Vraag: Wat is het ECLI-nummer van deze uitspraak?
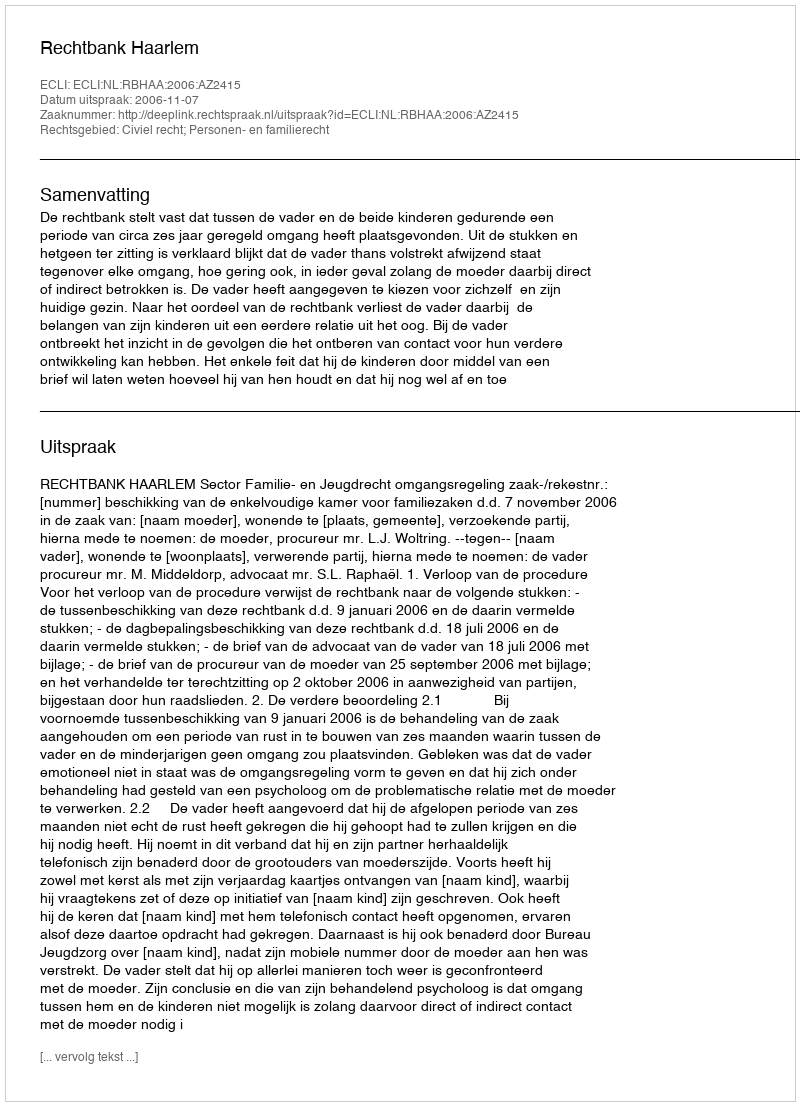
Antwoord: ECLI:NL:RBHAA:2006:AZ2415